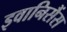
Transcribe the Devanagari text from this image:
इवानिसैंस